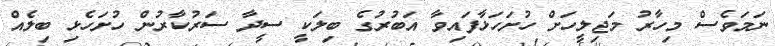
ނަމަވެސް މިހާރު މަޖިލީހަށް ހުށަހަޅާފައިވާ އަބުރުގެ ބިލަކީ ސީދާ ސަރުކާރުން ހުށަހެޅި ބިލެއް